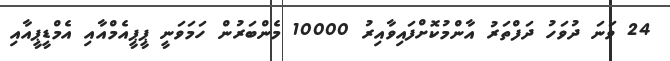
24 ވަަނަ ދުވަހު ދަފްތަރު އާންމުކޮށްފައިވާއިރު 10000 މެންބަރުން ހަމަވަނީ ޕީޕީއެމްއާއި އެމްޑީޕީއާއި